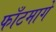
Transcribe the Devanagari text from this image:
फाँटमागे